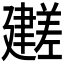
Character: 𫸕